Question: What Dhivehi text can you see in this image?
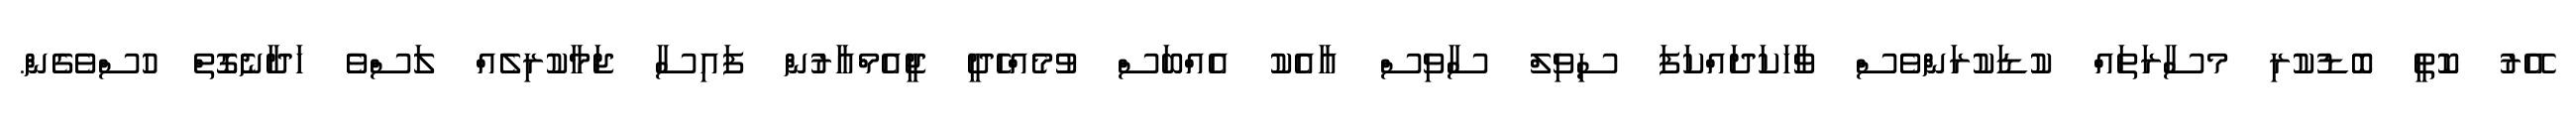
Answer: އޭރު ކޮތީ ބޮޑުކުރި މސާރަތައް ކުޑަކުރަންވެސް ވާހަކަދައްކަފަ ސިވިލް ސާވިސް އާއެކު އެއްބަސް ވުމެއްހެދީ ޖީއެމްއާރުން ފައިސާ ޖަމާކުރިލެއް ލަސްވެ ހަދާނެގޮތް ހުސްވެގެން.